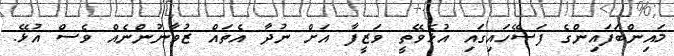
މައިންބަފައިންގެ ފަސޭހައިގައި އުޅެވޭތީ ވަޒީފާ އަށް ނުދާ އެތައް ޒުވާނުންނެއް ވެސް އުޅޭ.